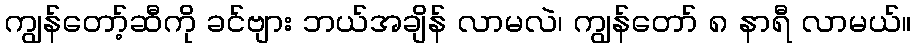
ကျွန်တော့်ဆီကို ခင်ဗျား ဘယ်အချိန် လာမလဲ၊ ကျွန်တော် ၈ နာရီ လာမယ်။